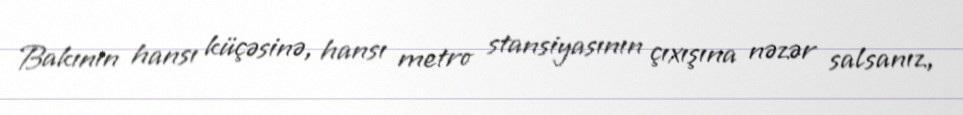
Bakının hansı küçəsinə, hansı metro stansiyasının çıxışına nəzər salsanız,